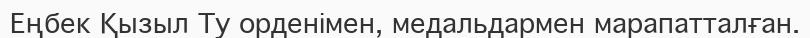
Еңбек Қызыл Ту орденімен, медальдармен марапатталған.